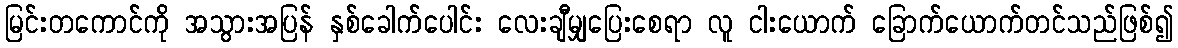
မြင်းတကောင်ကို အသွားအပြန် နှစ်ခေါက်ပေါင်း လေးချီမျှပြေးစေရာ လူ ငါးယောက် ခြောက်ယောက်တင်သည်ဖြစ်၍